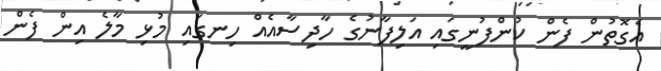
އެގޮތުން ފެން ކުންފުނީގައި އަލިފާނުގެ ހާދިސާއެއް ހިނގައި މުޅި މާލެ އިން ފެން